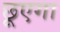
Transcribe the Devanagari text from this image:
छूएगा